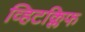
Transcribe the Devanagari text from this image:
व्हिटक्लिफ